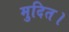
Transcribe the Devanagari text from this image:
मुदित।